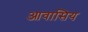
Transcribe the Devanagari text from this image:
आवासिय